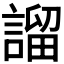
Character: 𧪭